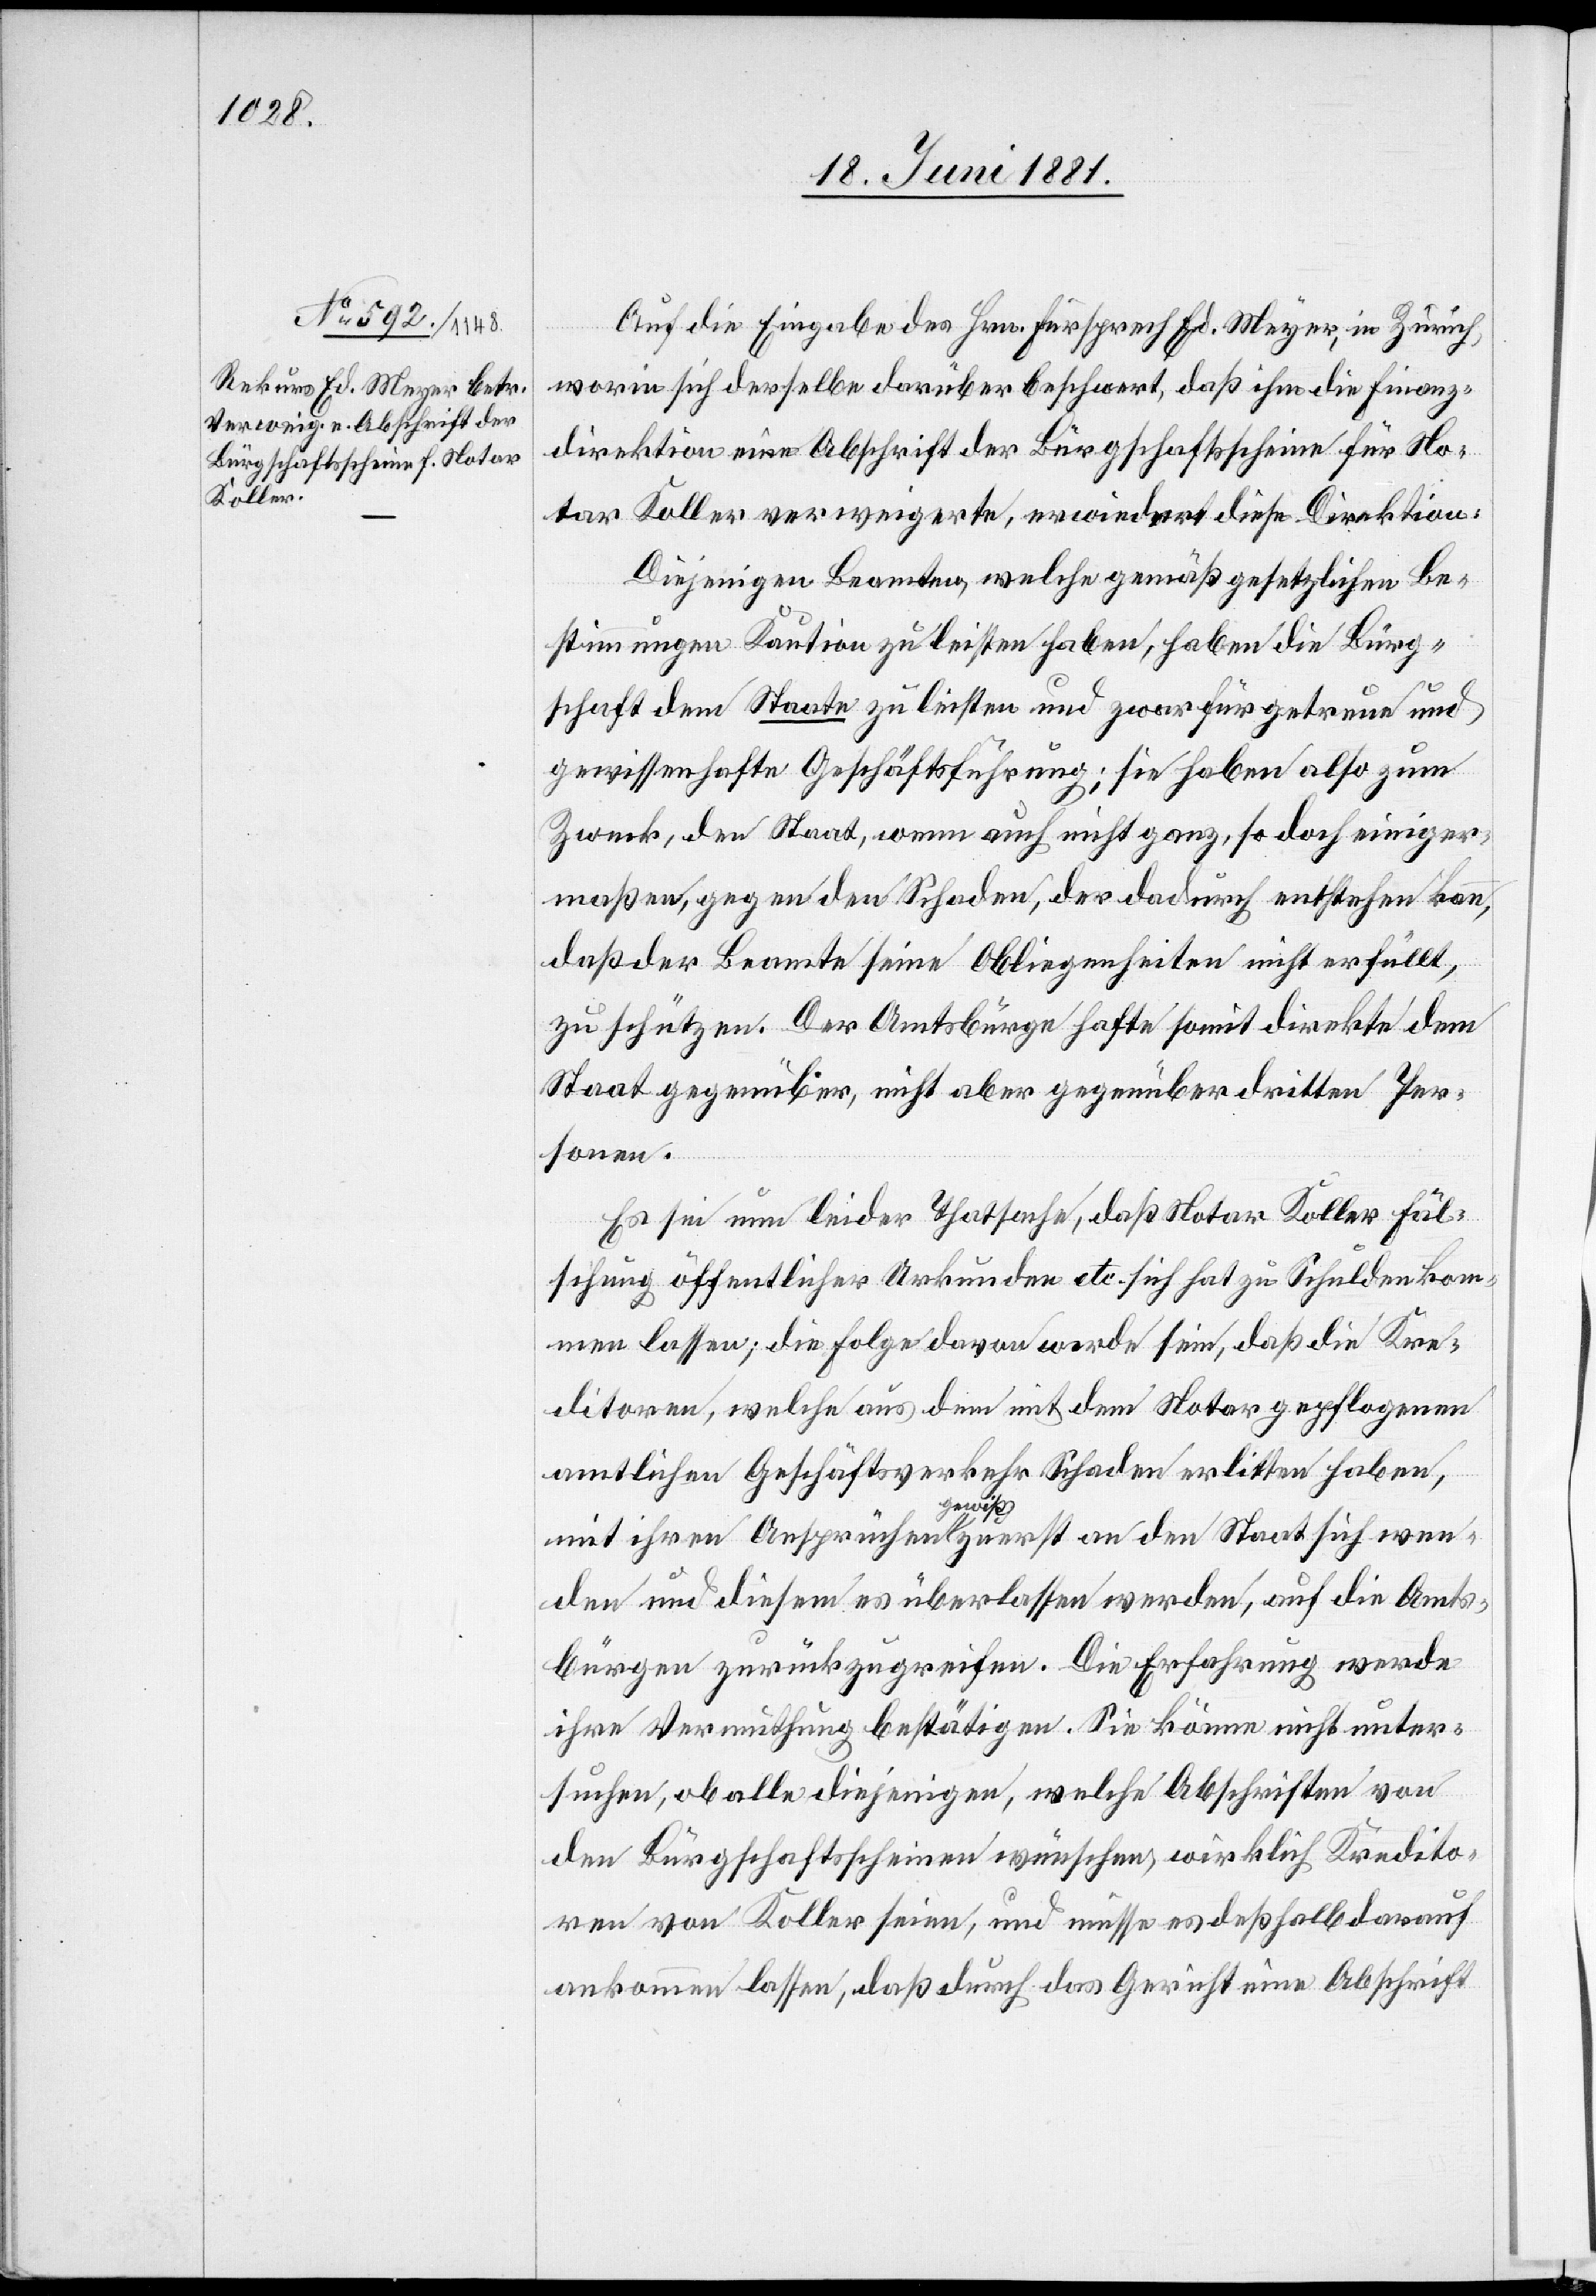
Auf die Eingabe des Hrn. Fürsprech Ed. Meyer, in Zürich
worin sich derselbe darüber beschwert, daß ihm die Finanz¬
direktion eine Abschrift der Bürgschaftsscheine für No¬
tar Koller verweigerte, erwiedert diese Direktion:
Diejenigen Beamten, welche gemäß gesetzlichen Be¬
stimmungen Kaution zu leisten haben, haben die Bürg¬
schaft dem Staate zu leisten und zwar für getreue und
gewissenhafte Geschäftsführung; sie haben also zum
Zwecke, den Staat, wenn auch nicht ganz, so doch einiger¬
maßen, gegen den Schaden, der dadurch entstehen kann,
daß der Beamte seine Obliegenheiten nicht erfüllt,
zu schützen. Der Amtsbürge hafte somit direkte dem
Staat gegenüber, nicht aber gegenüber dritten Per¬
sonen.
Es sei nun leider Thatsache, daß Notar Koller Fäl¬
schung öffentlicher Urkunden etc. sich hat zu Schulden kom¬
men lassen; die Folge davon werde sein, daß die Kre¬
ditoren, welche aus dem mit dem Notar gepflogenen
amtlichen Geschäftsverkehr Schaden erlitten haben,
mit ihren Ansprüchen a-gewiß-a zuerst an den Staat sich wen¬
den und diesem es überlassen werden, auf die Amts¬
bürgen zurückzugreifen. Die Erfahrung werde
ihre Vermuthung bestätigen. Sie könne nicht unter¬
suchen, ob alle diejenigen, welche Abschriften von
den Bürgschaftsscheinen wünschen, wirklich Kredito¬
ren von Koller seien, und müsse es deßhalb darauf
ankommen lassen, daß durch das Gericht eine Abschrift